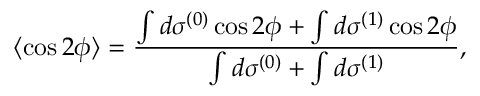
\langle \cos 2 \phi \rangle = \frac { \int d \sigma ^ { ( 0 ) } \cos 2 \phi + \int d \sigma ^ { ( 1 ) } \cos 2 \phi } { \int d \sigma ^ { ( 0 ) } + \int d \sigma ^ { ( 1 ) } } ,